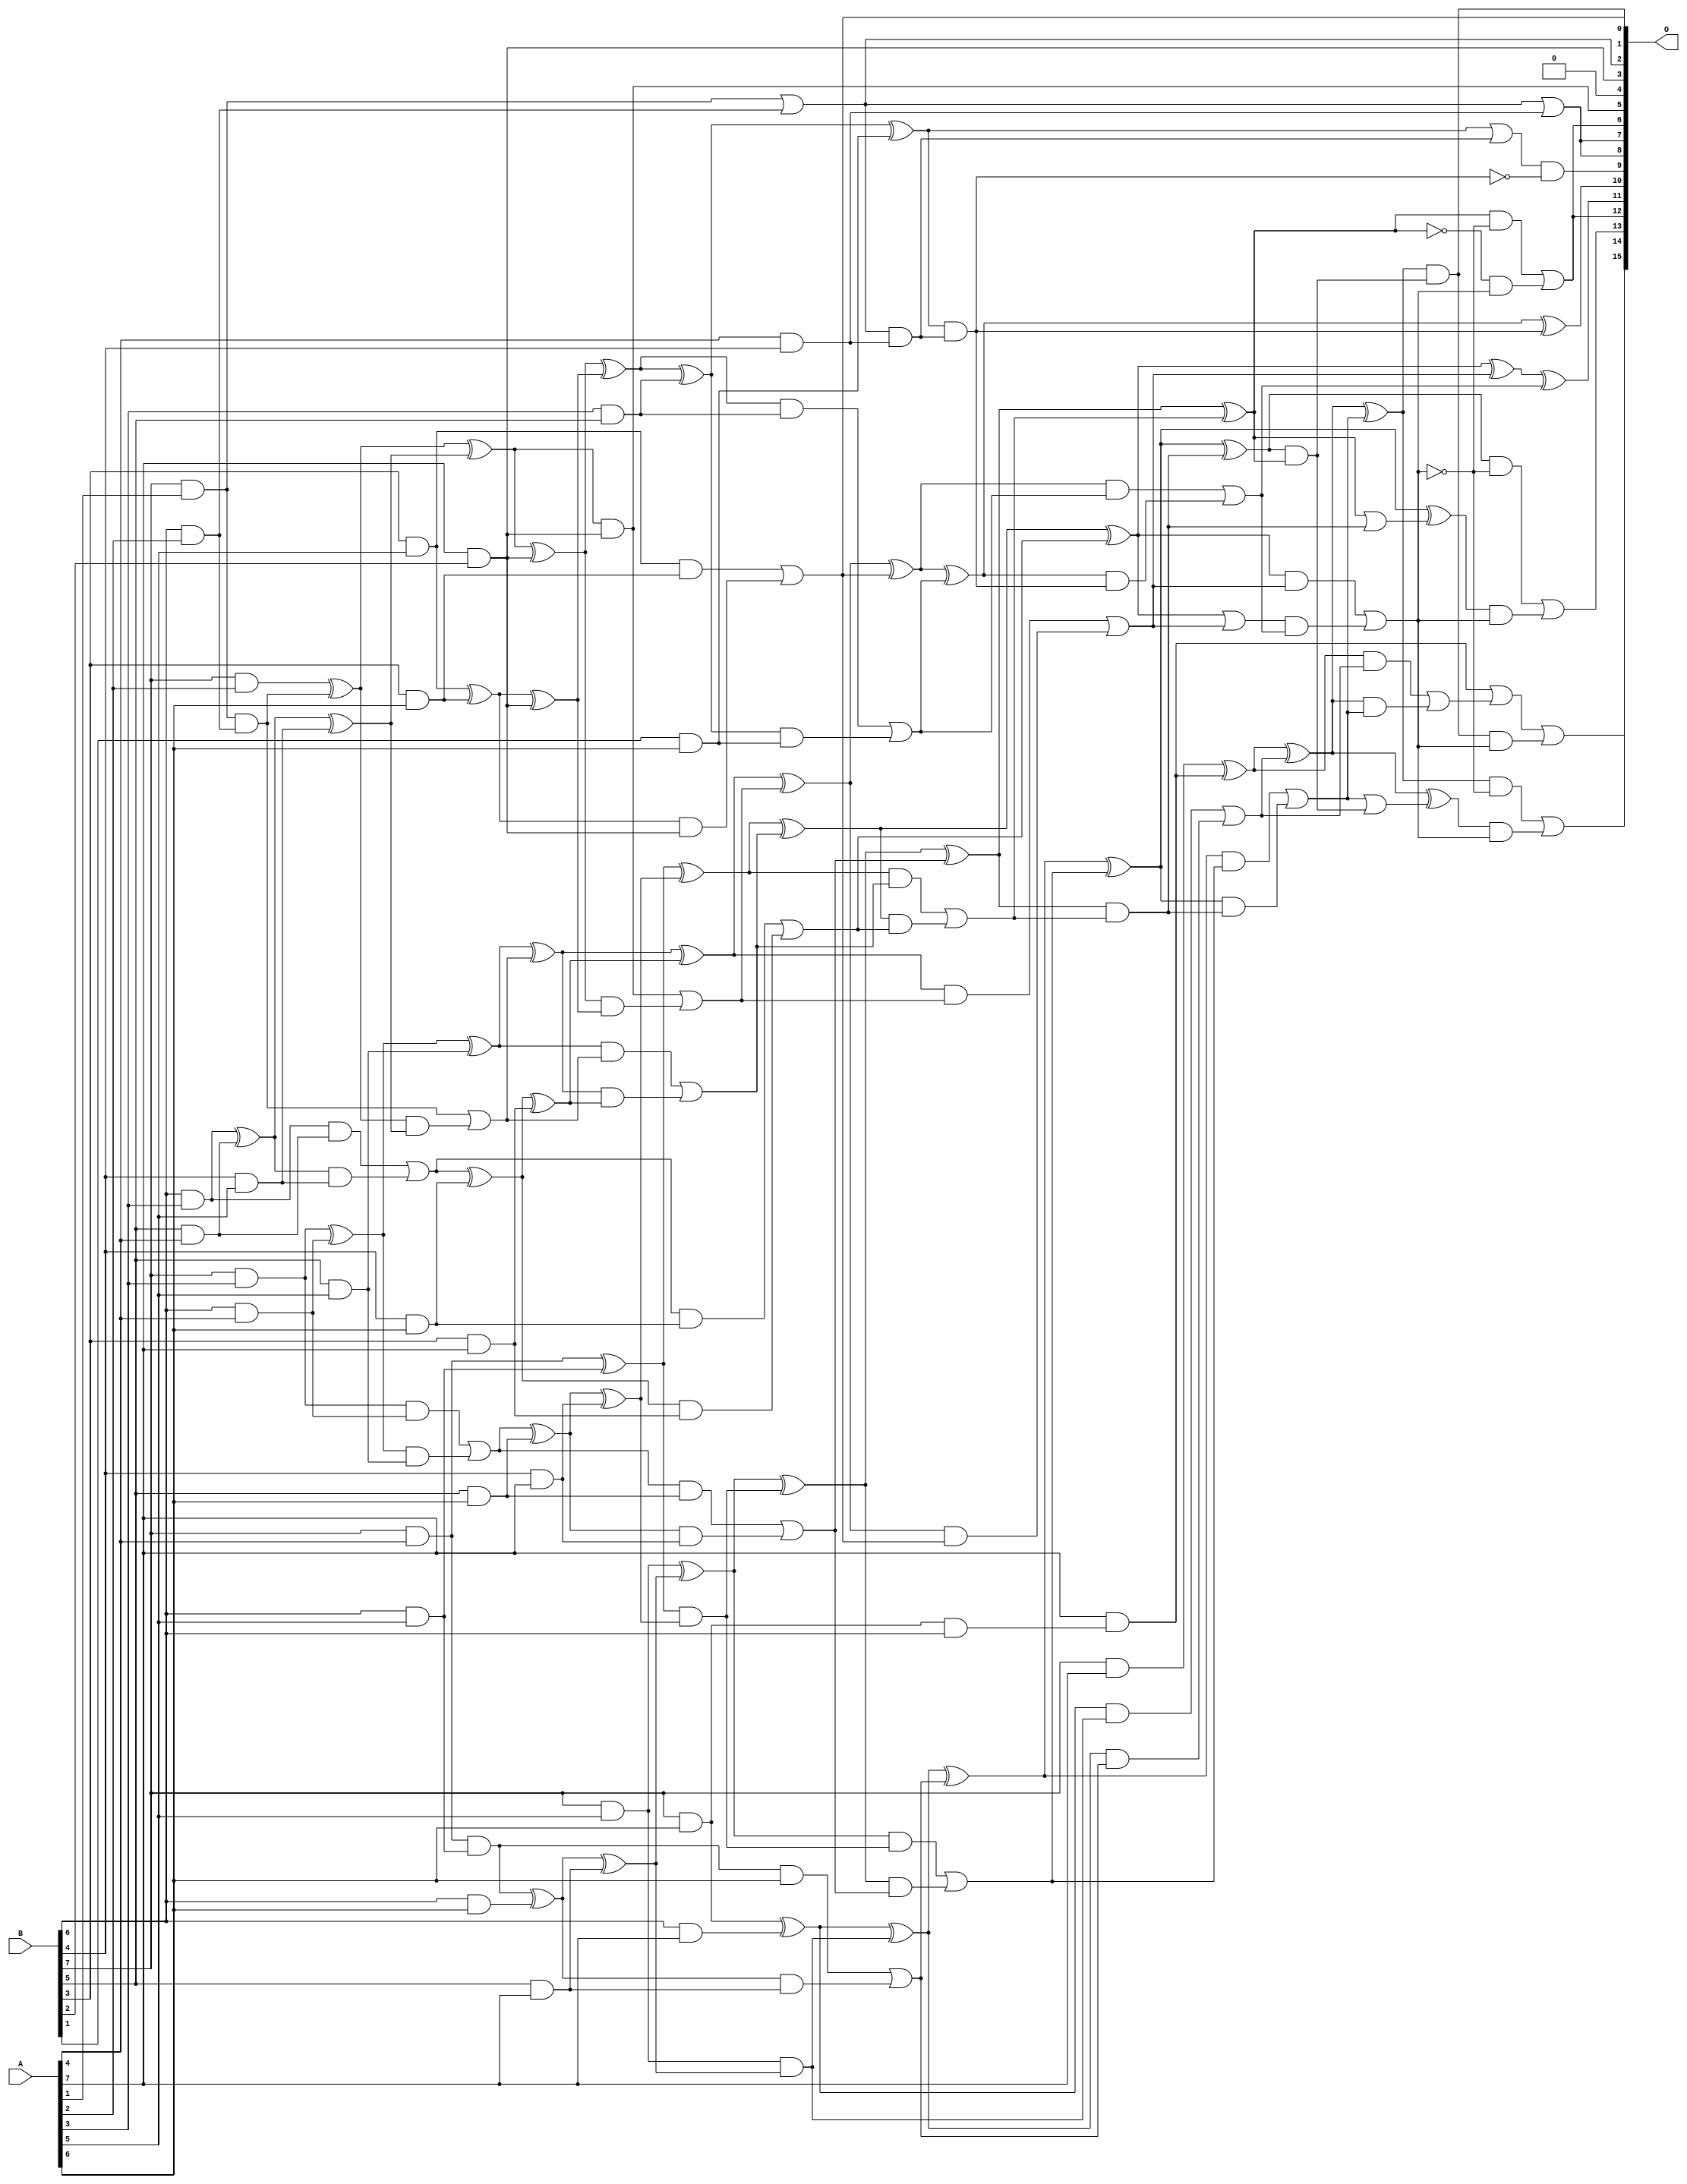
/***
* This code is a part of EvoApproxLib library (ehw.fit.vutbr.cz/approxlib) distributed under The MIT License.
* When used, please cite the following article(s): PRABAKARAN B. S., MRAZEK V., VASICEK Z., SEKANINA L., SHAFIQUE M. ApproxFPGAs: Embracing ASIC-based Approximate Arithmetic Components for FPGA-Based Systems. DAC 2020. 
***/
// MAE% = 0.33 %
// MAE = 218 
// WCE% = 1.40 %
// WCE = 918 
// WCRE% = 300.00 %
// EP% = 98.65 %
// MRE% = 7.10 %
// MSE = 74379 
// FPGA_POWER = 0.72
// FPGA_DELAY = 9.3
// FPGA_LUT = 42

module mul8u_QM8 (
    A,
    B,
    O
);

input [7:0] A;
input [7:0] B;
output [15:0] O;

wire sig_31,sig_38,sig_39,sig_46,sig_47,sig_53,sig_54,sig_55,sig_60,sig_61,sig_62,sig_63,sig_67,sig_68,sig_69,sig_70,sig_71,sig_75,sig_76,sig_77;
wire sig_78,sig_79,sig_112,sig_113,sig_132,sig_136,sig_137,sig_138,sig_139,sig_140,sig_141,sig_142,sig_143,sig_144,sig_145,sig_146,sig_147,sig_172,sig_177,sig_180;
wire sig_182,sig_183,sig_184,sig_193,sig_197,sig_198,sig_199,sig_200,sig_201,sig_202,sig_203,sig_204,sig_205,sig_206,sig_207,sig_208,sig_209,sig_210,sig_211,sig_212;
wire sig_213,sig_214,sig_215,sig_216,sig_217,sig_218,sig_234,sig_243,sig_244,sig_245,sig_246,sig_247,sig_248,sig_249,sig_250,sig_251,sig_252,sig_253,sig_254,sig_255;
wire sig_256,sig_268,sig_269,sig_273,sig_274,sig_275,sig_276,sig_277,sig_278,sig_279,sig_280,sig_281,sig_282,sig_283,sig_284,sig_285,sig_286,sig_287,sig_288,sig_289;
wire sig_290,sig_291,sig_292,sig_293,sig_294,sig_295,sig_296,sig_297,sig_298,sig_299,sig_330,sig_331,sig_335,sig_336,sig_337,sig_338,sig_339,sig_340,sig_341,sig_342;
wire sig_344,sig_352,sig_359,sig_362,sig_369,sig_384,sig_385,sig_386,sig_387,sig_388,sig_389,sig_390,sig_391,sig_392,sig_393,sig_394,sig_395,sig_397,sig_399,sig_400;
wire sig_404,sig_405,sig_406,sig_409,sig_410,sig_414,sig_415,sig_416,sig_417,sig_419,sig_420,sig_421,sig_423,sig_424,sig_425,sig_428,sig_429;

assign sig_31 = B[7] & A[1];
assign sig_38 = B[6] & A[2];
assign sig_39 = B[7] & A[2];
assign sig_46 = B[6] & A[3];
assign sig_47 = B[7] & A[3];
assign sig_53 = B[5] & A[4];
assign sig_54 = B[6] & A[4];
assign sig_55 = B[7] & A[4];
assign sig_60 = B[4] & A[5];
assign sig_61 = B[5] & A[5];
assign sig_62 = B[6] & A[5];
assign sig_63 = B[7] & A[5];
assign sig_67 = B[3] & A[6];
assign sig_68 = B[4] & A[6];
assign sig_69 = B[5] & A[6];
assign sig_70 = B[6] & A[6];
assign sig_71 = B[7] & A[6];
assign sig_75 = B[3] & A[7];
assign sig_76 = B[4] & A[7];
assign sig_77 = B[5] & A[7];
assign sig_78 = B[6] & A[7];
assign sig_79 = B[7] & A[7];
assign sig_112 = sig_31 & sig_38;
assign sig_113 = sig_31 | sig_38;
assign sig_132 = B[3] & A[5];
assign sig_136 = sig_46 ^ sig_53;
assign sig_137 = sig_46 & sig_53;
assign sig_138 = sig_136 & sig_60;
assign sig_139 = sig_136 ^ sig_60;
assign sig_140 = sig_137 | sig_138;
assign sig_141 = sig_47 ^ sig_54;
assign sig_142 = sig_47 & sig_54;
assign sig_143 = sig_141 & sig_61;
assign sig_144 = sig_141 ^ sig_61;
assign sig_145 = sig_142 | sig_143;
assign sig_146 = sig_55 & sig_62;
assign sig_147 = sig_55 ^ sig_62;
assign sig_172 = A[3] & B[5];
assign sig_177 = A[7] & B[2];
assign sig_180 = sig_39 ^ sig_112;
assign sig_182 = sig_180 & sig_139;
assign sig_183 = sig_180 ^ sig_139;
assign sig_184 = sig_112 | sig_182;
assign sig_193 = B[1] & A[6];
assign sig_197 = sig_132 ^ sig_67;
assign sig_198 = sig_132 & sig_67;
assign sig_199 = sig_197 & sig_177;
assign sig_200 = sig_197 ^ sig_177;
assign sig_201 = sig_198 | sig_199;
assign sig_202 = sig_140 ^ sig_68;
assign sig_203 = sig_140 & sig_68;
assign sig_204 = sig_202 & sig_75;
assign sig_205 = sig_202 ^ sig_75;
assign sig_206 = sig_203 | sig_204;
assign sig_207 = sig_145 ^ sig_69;
assign sig_208 = sig_145 & sig_69;
assign sig_209 = sig_207 & sig_76;
assign sig_210 = sig_207 ^ sig_76;
assign sig_211 = sig_208 | sig_209;
assign sig_212 = sig_146 ^ sig_70;
assign sig_213 = sig_146 & A[6];
assign sig_214 = sig_212 & sig_77;
assign sig_215 = sig_212 ^ sig_77;
assign sig_216 = sig_213 | sig_214;
assign sig_217 = sig_71 & B[6];
assign sig_218 = sig_71 ^ sig_78;
assign sig_234 = A[4] & B[4];
assign sig_243 = sig_183 ^ sig_177;
assign sig_244 = sig_183 & sig_177;
assign sig_245 = sig_243 & sig_200;
assign sig_246 = sig_243 ^ sig_200;
assign sig_247 = sig_244 | sig_245;
assign sig_248 = sig_144 ^ sig_184;
assign sig_249 = sig_144 & sig_184;
assign sig_250 = sig_248 & sig_205;
assign sig_251 = sig_248 ^ sig_205;
assign sig_252 = sig_249 | sig_250;
assign sig_253 = sig_147 & sig_210;
assign sig_254 = sig_147 ^ sig_210;
assign sig_255 = sig_63 & sig_215;
assign sig_256 = sig_63 ^ sig_215;
assign sig_268 = sig_113 | sig_234;
assign sig_269 = sig_113 & sig_234;
assign sig_273 = sig_246 ^ sig_172;
assign sig_274 = sig_246 & sig_172;
assign sig_275 = sig_273 & sig_193;
assign sig_276 = sig_273 ^ sig_193;
assign sig_277 = sig_274 | sig_275;
assign sig_278 = sig_251 ^ sig_247;
assign sig_279 = sig_251 & sig_247;
assign sig_280 = sig_278 & sig_201;
assign sig_281 = sig_278 ^ sig_201;
assign sig_282 = sig_279 | sig_280;
assign sig_283 = sig_254 ^ sig_252;
assign sig_284 = sig_254 & sig_252;
assign sig_285 = sig_283 & sig_206;
assign sig_286 = sig_283 ^ sig_206;
assign sig_287 = sig_284 | sig_285;
assign sig_288 = sig_256 ^ sig_253;
assign sig_289 = sig_256 & sig_253;
assign sig_290 = sig_288 & sig_211;
assign sig_291 = sig_288 ^ sig_211;
assign sig_292 = sig_289 | sig_290;
assign sig_293 = sig_218 ^ sig_255;
assign sig_294 = sig_218 & sig_255;
assign sig_295 = sig_293 & sig_216;
assign sig_296 = sig_293 ^ sig_216;
assign sig_297 = sig_294 | sig_295;
assign sig_298 = A[7] & sig_217;
assign sig_299 = sig_79 ^ sig_298;
assign sig_330 = sig_276 | sig_269;
assign sig_331 = sig_276 & sig_269;
assign sig_335 = sig_281 ^ sig_277;
assign sig_336 = sig_281 & sig_277;
assign sig_337 = sig_335 & sig_331;
assign sig_338 = sig_335 ^ sig_331;
assign sig_339 = sig_336 | sig_337;
assign sig_340 = sig_286 | sig_282;
assign sig_341 = sig_286 & sig_282;
assign sig_342 = sig_340 & sig_339;
assign sig_344 = sig_341 | sig_342;
assign sig_352 = ~sig_331;
assign sig_359 = sig_286 ^ sig_282;
assign sig_362 = sig_359 ^ sig_339;
assign sig_369 = sig_330 & sig_352;
assign sig_384 = sig_291 ^ sig_287;
assign sig_385 = sig_291 & sig_287;
assign sig_386 = sig_296 ^ sig_292;
assign sig_387 = sig_296 & sig_292;
assign sig_388 = sig_386 & sig_385;
assign sig_389 = sig_386 ^ sig_385;
assign sig_390 = sig_387 | sig_388;
assign sig_391 = sig_299 ^ sig_297;
assign sig_392 = sig_299 & sig_297;
assign sig_393 = sig_391 & sig_390;
assign sig_394 = sig_391 ^ sig_390;
assign sig_395 = sig_392 | sig_393;
assign sig_397 = sig_298 | sig_395;
assign sig_399 = sig_384 | sig_385;
assign sig_400 = ~sig_384;
assign sig_404 = sig_389 & sig_384;
assign sig_405 = sig_386 ^ sig_399;
assign sig_406 = sig_390 | sig_404;
assign sig_409 = sig_394 & sig_404;
assign sig_410 = sig_391 ^ sig_406;
assign sig_414 = ~sig_344;
assign sig_415 = sig_384 & sig_414;
assign sig_416 = sig_400 & sig_344;
assign sig_417 = sig_415 | sig_416;
assign sig_419 = sig_389 & sig_414;
assign sig_420 = sig_405 & sig_344;
assign sig_421 = sig_419 | sig_420;
assign sig_423 = sig_394 & sig_414;
assign sig_424 = sig_410 & sig_344;
assign sig_425 = sig_423 | sig_424;
assign sig_428 = sig_409 & sig_344;
assign sig_429 = sig_397 | sig_428;

assign O[15] = sig_429;
assign O[14] = sig_425;
assign O[13] = sig_421;
assign O[12] = sig_417;
assign O[11] = sig_362;
assign O[10] = sig_338;
assign O[9] = sig_369;
assign O[8] = sig_268;
assign O[7] = sig_268;
assign O[6] = sig_417;
assign O[5] = sig_244;
assign O[4] = 1'b0;
assign O[3] = sig_177;
assign O[2] = sig_113;
assign O[1] = sig_201;
assign O[0] = sig_409;

endmodule